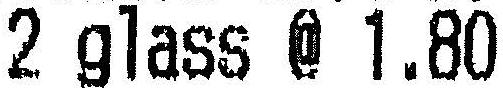
2 GLASS @ 1.80